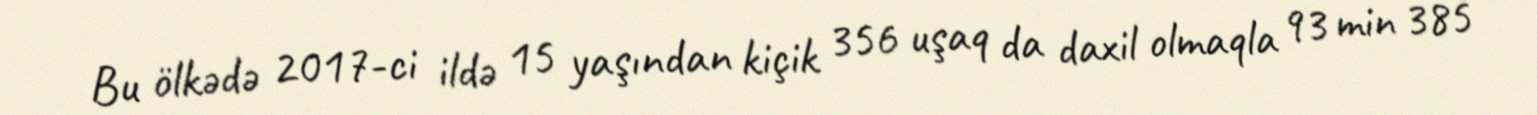
Bu ölkədə 2017-ci ildə 15 yaşından kiçik 356 uşaq da daxil olmaqla 93 min 385